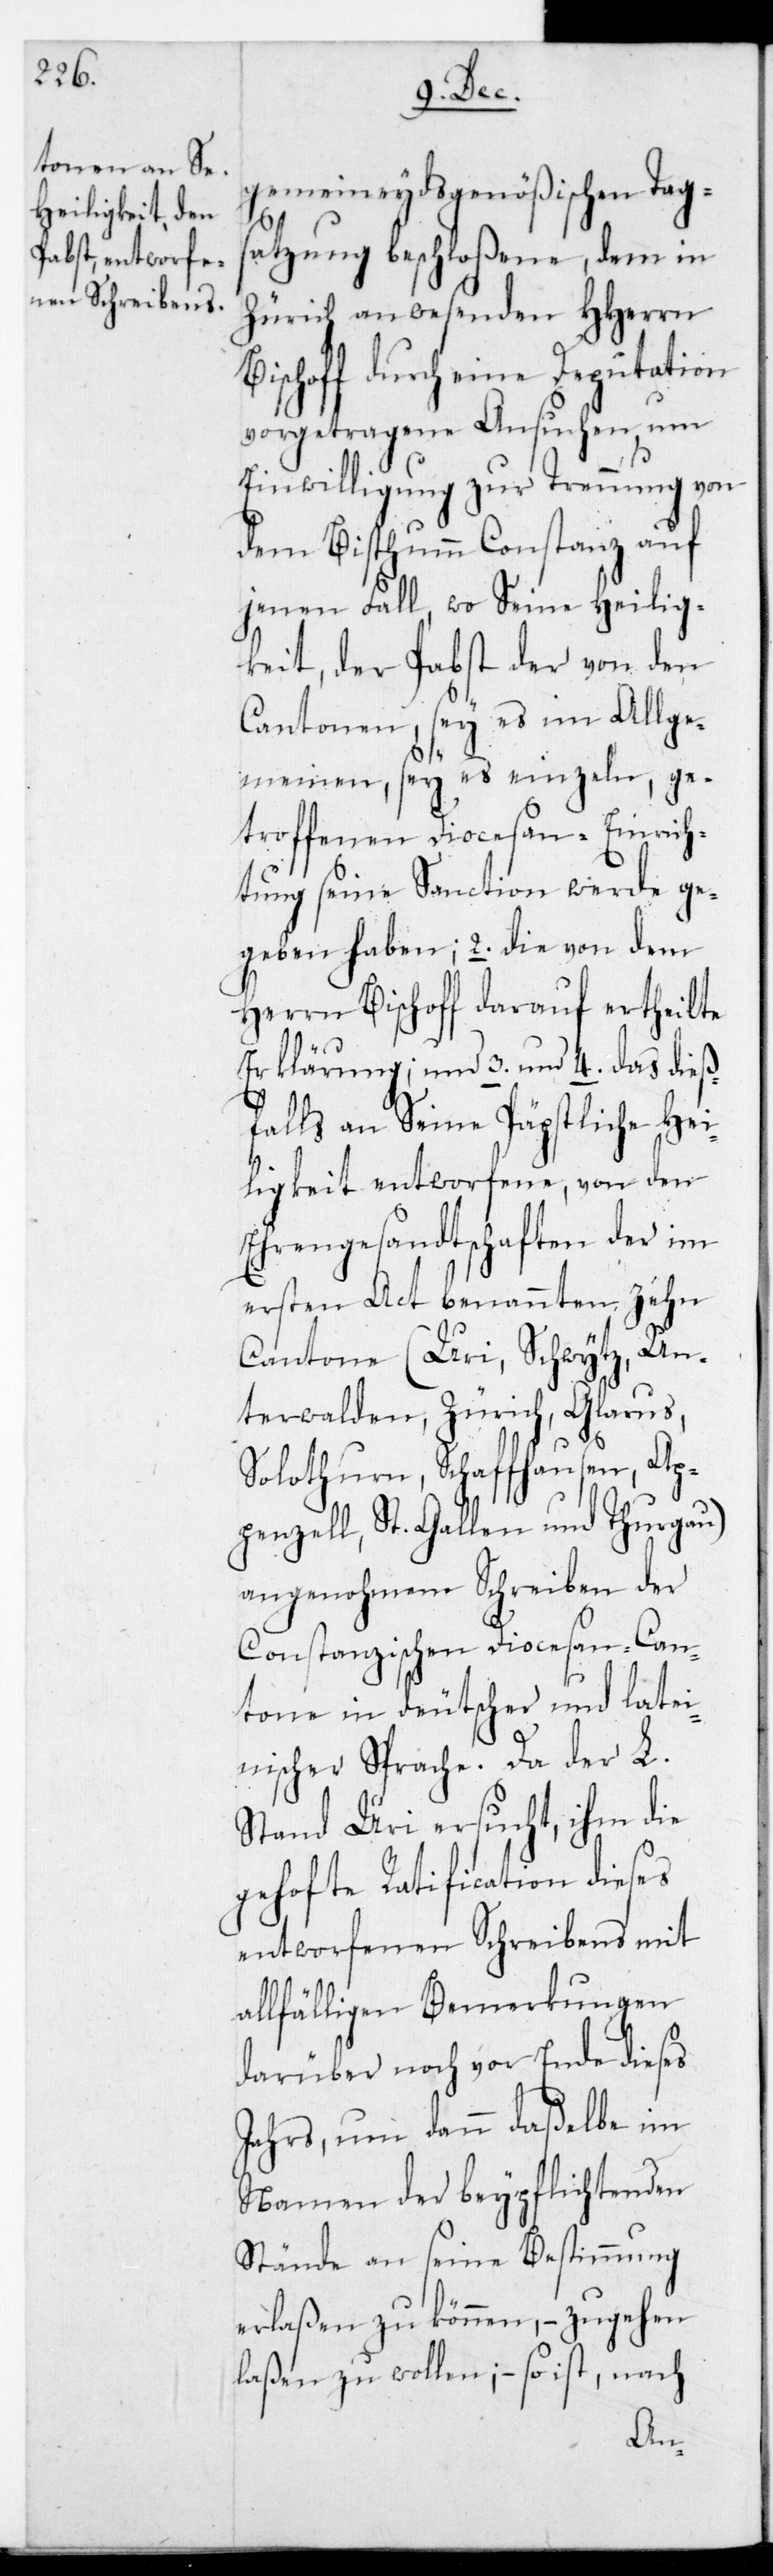
gemeineydsgenößischen Tags¬
atzung beschloßene, dem in
Zürich anwesenden HHerrn
Bischof durch eine Deputation
vorgetragene Ansuchen, um
Einwilligung zur Trennung von
dem Bisthum Constanz auf
jenen Fall, wo Seine Heilig¬
keit der Pabst der von den
Cantonen, sei es im Allge¬
meinen, sei es einzeln, ge¬
troffenen Diöcesan-Einrich¬
tung seine Sanction werde ge¬
geben haben; 2. die von dem
Herrn Bischof darauf ertheilte
Erklärung, und 3. und 4. das dieß¬
falls an Seine Päpstliche Hei¬
ligkeit entworfene, von den
Ehrengesandtschaften der im
ersten Act benannten zehn
Cantone (Uri, Schwytz, Un¬
terwalden, Zürich, Glarus,
Solothurn, Schaffhausen, Ap¬
penzell, St. Gallen und Thurgau)
angenohmene Schreiben der
Constanzischen Diocesan-Can¬
tone in deutscher und latei¬
nischer Sprache. Da der L.
Stand Uri ersucht, ihm die
gehoffte Ratification dieses
entworfenen Schreibens mit
allfähligen Bemerkungen
darüber noch vor Ende dieses
Jahrs, um dann daßelbe im
Namen der beypflichtenden
Stände an seine Bestimmung
erlaßen zu können, – zugehen
laßen zu wollen; – so ist, nach